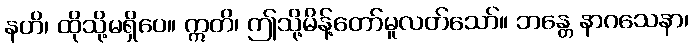
နဟိ၊ ထိုသို့မရှိပေ။ ဣတိ၊ ဤသို့မိန့်တော်မူလတ်သော်။ ဘန္တေ နာဂသေနာ၊